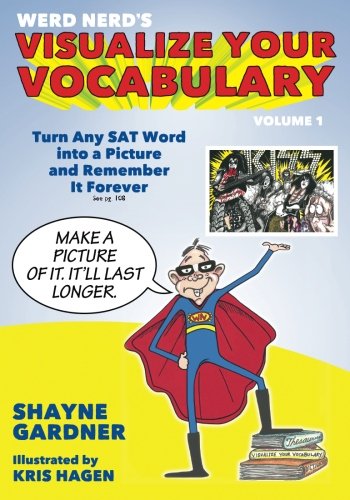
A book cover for Visualize Your Vocabulary: Turn Any SAT Word into a Picture and Remember It Forever (Volume 1); Shayne Gardner; Reference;